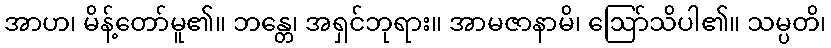
အာဟ၊ မိန့်တော်မူ၏။ ဘန္တေ၊ အရှင်ဘုရား။ အာမဇာနာမိ၊ ဩော်သိပါ၏။ သမ္ပတိ၊